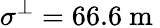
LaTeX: \sigma^{\perp}=66.6\mathrm{~m~}